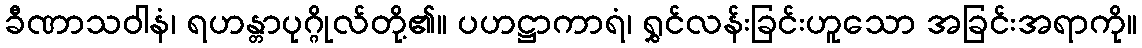
ခီဏာသဝါနံ၊ ရဟန္တာပုဂ္ဂိုလ်တို့၏။ ပဟဋ္ဌာကာရံ၊ ရွှင်လန်းခြင်းဟူသော အခြင်းအရာကို။